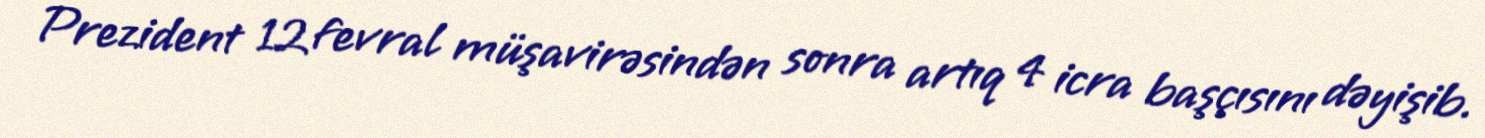
Prezident 12 fevral müşavirəsindən sonra artıq 4 icra başçısını dəyişib.